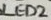
Text: LED2